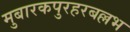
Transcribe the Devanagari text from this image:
मुबारकपुरहरबल्लभ